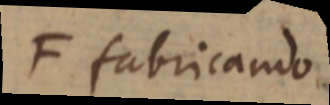
F fabricando